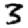
Digit: 3